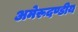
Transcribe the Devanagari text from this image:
अमेरूदण्डीय